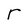
Character: r